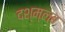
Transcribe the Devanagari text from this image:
दश्म्लब